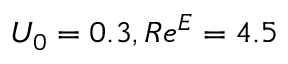
U _ { 0 } = 0 . 3 , R e ^ { E } = 4 . 5